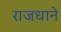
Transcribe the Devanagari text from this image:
राजधाने